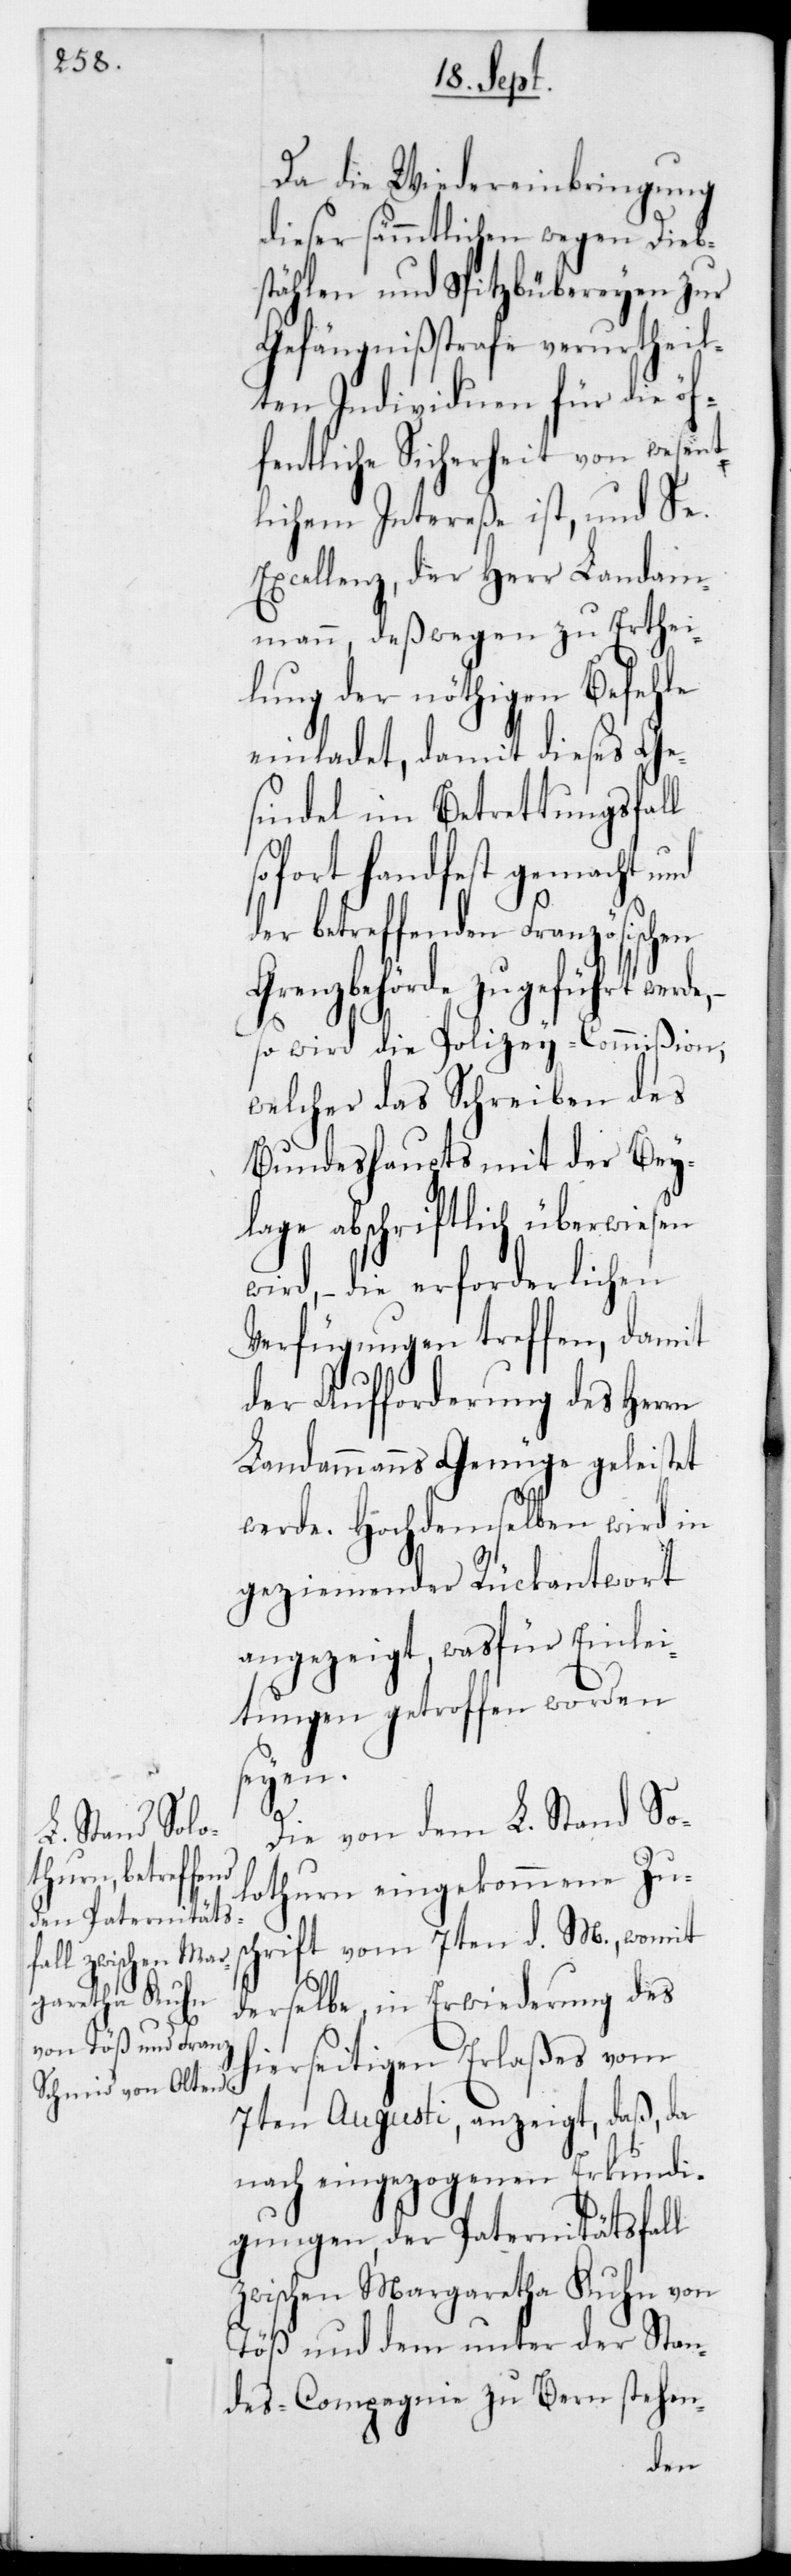
Da die Wiedereinbringung
dieser sämmtlichen wegen Dieb¬
stählen und Spitzbübereyen zur
Gefängnißstrafe verurtheil¬
ten Individuen für die öf¬
fentliche Sicherheit von wesent¬
lichem Intereße ist, und Se.
Excellenz,der Herr Landam¬
mann, deßwegen zu Erthei¬
lung der nöthigen Befehle
einladet, damit dieses Ge¬
sindel im Betrettungsfall
sofort handfest gemacht und
der betreffenden Französischen
Grenzbehörde zugeführt werde,
so wird die Polizey-Commißion,
welcher das Schreiben des
Bundeshaupts mit der Bey¬
lage abschriftlich überwiesen
wird, – die erforderlichen
Verfügungen treffen, damit
der Aufforderung des Herrn
Landammanns Genüge geleistet
werde. Hochdemselben wird in
geziemender Rückantwort
angezeigt, was für Einlei¬
tungen getroffen worden
seyen.
Die von dem L. Stand So¬
lothurn eingekommene Zus¬
chrift vom 7ten d. M., womit
derselbe in Erwiderung des
hierseitigen Erlaßes vom
7ten Augusti anzeigt, daß, da
nach eingezogenen Erkundi¬
gungen, der Paternitätsfall
zwischen Margaretha Kuhn von
Töß und dem unter der Stan¬
des-Compagnie zu Bern stehen-